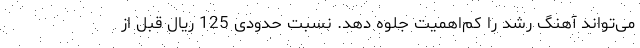
می‌تواند آهنگ رشد را کم‌اهمیت جلوه دهد. نسبت حدودی 125 ریال قبل از